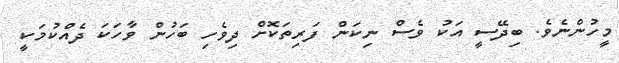
މީހުންނެވެ. ބިދޭސީ އަކު ވެސް ނިކަން ފަރިތަކޮށް ދިވެހި ބަހުން ވާހަކަ ދެއްކުމަކީ